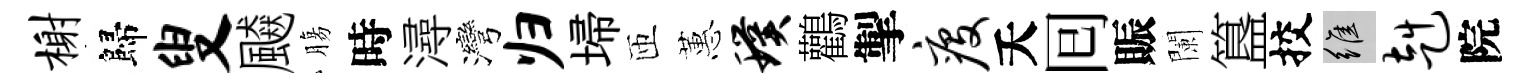
榭歸叟飇膓時潯灣归埽匝蕙璞鸛掣疫夭囘賑闌簋挍維赳院